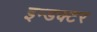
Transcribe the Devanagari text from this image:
इन्डक्टर